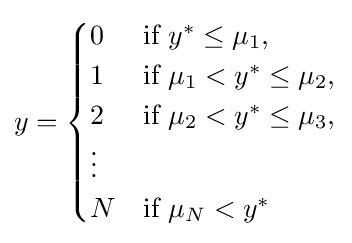
y={\begin{cases}0&{\text{if }}y^{*}\leq \mu _{1},\\1&{\text{if }}\mu _{1}<y^{*}\leq \mu _{2},\\2&{\text{if }}\mu _{2}<y^{*}\leq \mu _{3},\\\vdots \\N&{\text{if }}\mu _{N}<y^{*}\end{cases}}